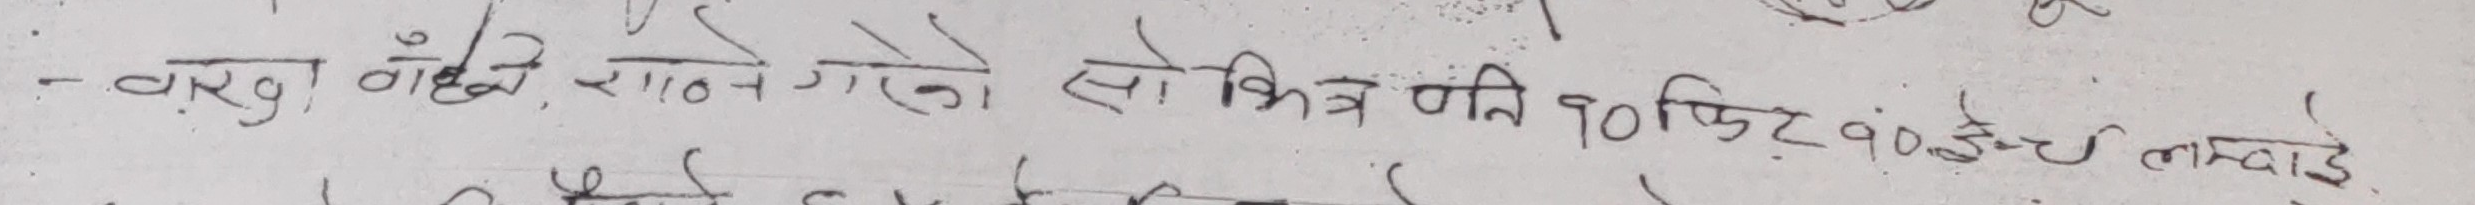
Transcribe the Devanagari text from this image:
- बरु बाँके राप्ती सोनारिको सो क्षेत्र पनि १० फिट १० डेसिमल लम्बाई